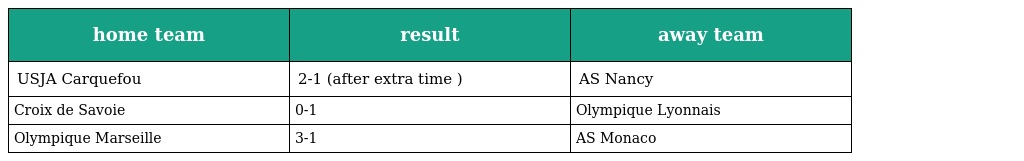
| home team | result | away team |
 | --- | --- | --- |
 | USJA Carquefou | 2-1 (after extra time ) | AS Nancy |
 | Croix de Savoie | 0-1 | Olympique Lyonnais |
 | Olympique Marseille | 3-1 | AS Monaco |